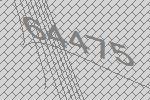
64475